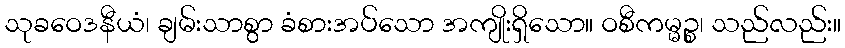
သုခဝေဒနီယံ၊ ချမ်းသာစွာ ခံစားအပ်သော အကျိုးရှိသော။ ဝစီကမ္မဉ္စ၊ သည်လည်း။